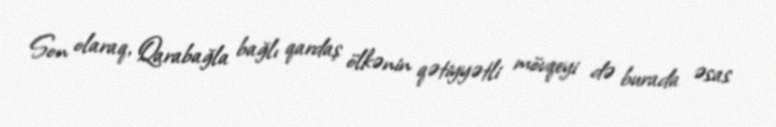
Son olaraq, Qarabağla bağlı qardaş ölkənin qətiyyətli mövqeyi də burada əsas